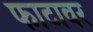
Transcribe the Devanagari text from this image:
फाटावर